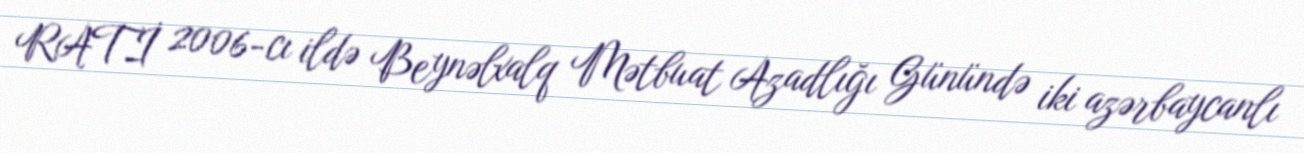
RATİ 2006-cı ildə Beynəlxalq Mətbuat Azadlığı Günündə iki azərbaycanlı